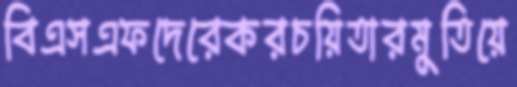
বিএসএফদেরেকরচয়িতারমুতিয়ে